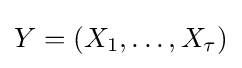
Y=(X_{1},\ldots ,X_{\tau })